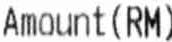
AMOUNT (RM)